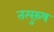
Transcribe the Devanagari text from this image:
तत्पुरु़ष